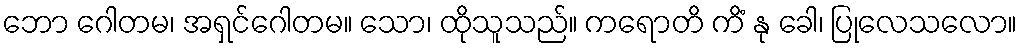
ဘော ဂေါတမ၊ အရှင်ဂေါတမ။ သော၊ ထိုသူသည်။ ကရောတိ ကိံ နု ခေါ၊ ပြုလေသလော။